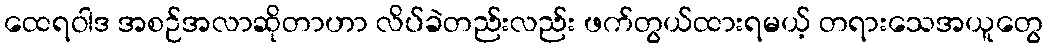
ထေရဝါဒ အစဉ်အလာဆိုတာဟာ လိပ်ခဲတည်းလည်း ဖက်တွယ်ထားရမယ့် တရားသေအယူတွေ